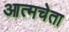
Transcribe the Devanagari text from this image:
आत्मचेता